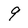
Character: 9